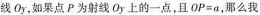
线Oy，如果点P为射线Oy上的一点，且OP=a，那么我